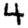
Digit: 4